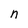
Character: n